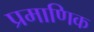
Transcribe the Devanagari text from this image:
प्रमाणिक